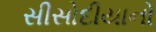
સીસોદીયાનો